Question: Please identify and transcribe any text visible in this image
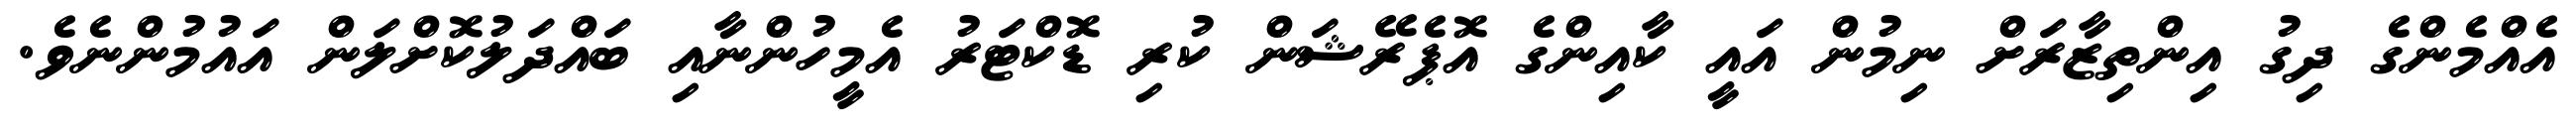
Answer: އެއްމެންގެ ދިގު އިންތިޒާރަށް ނިމުން އައީ ކާއިންގެ އޮޕެރޭޝަން ކުރި ޑޮކްޓަރު އެމީހުންނާއި ބައްދަލުކޮށްލަން އައުމުންނެވެ.